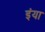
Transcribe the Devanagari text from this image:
इंया